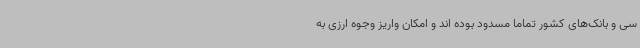
سی و بانک‌های کشور تماما مسدود بوده اند و امکان واریز وجوه ارزی به